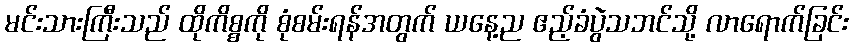
မင်းသားကြီးသည် ထိုကိစ္စကို စုံစမ်းရန်အတွက် ယနေ့ည ဧည့်ခံပွဲသဘင်သို့ လာရောက်ခြင်း